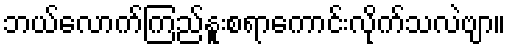
ဘယ်လောက်ကြည်နူးစရာကောင်းလိုက်သလဲဗျာ။